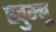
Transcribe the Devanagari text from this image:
खुम्बू